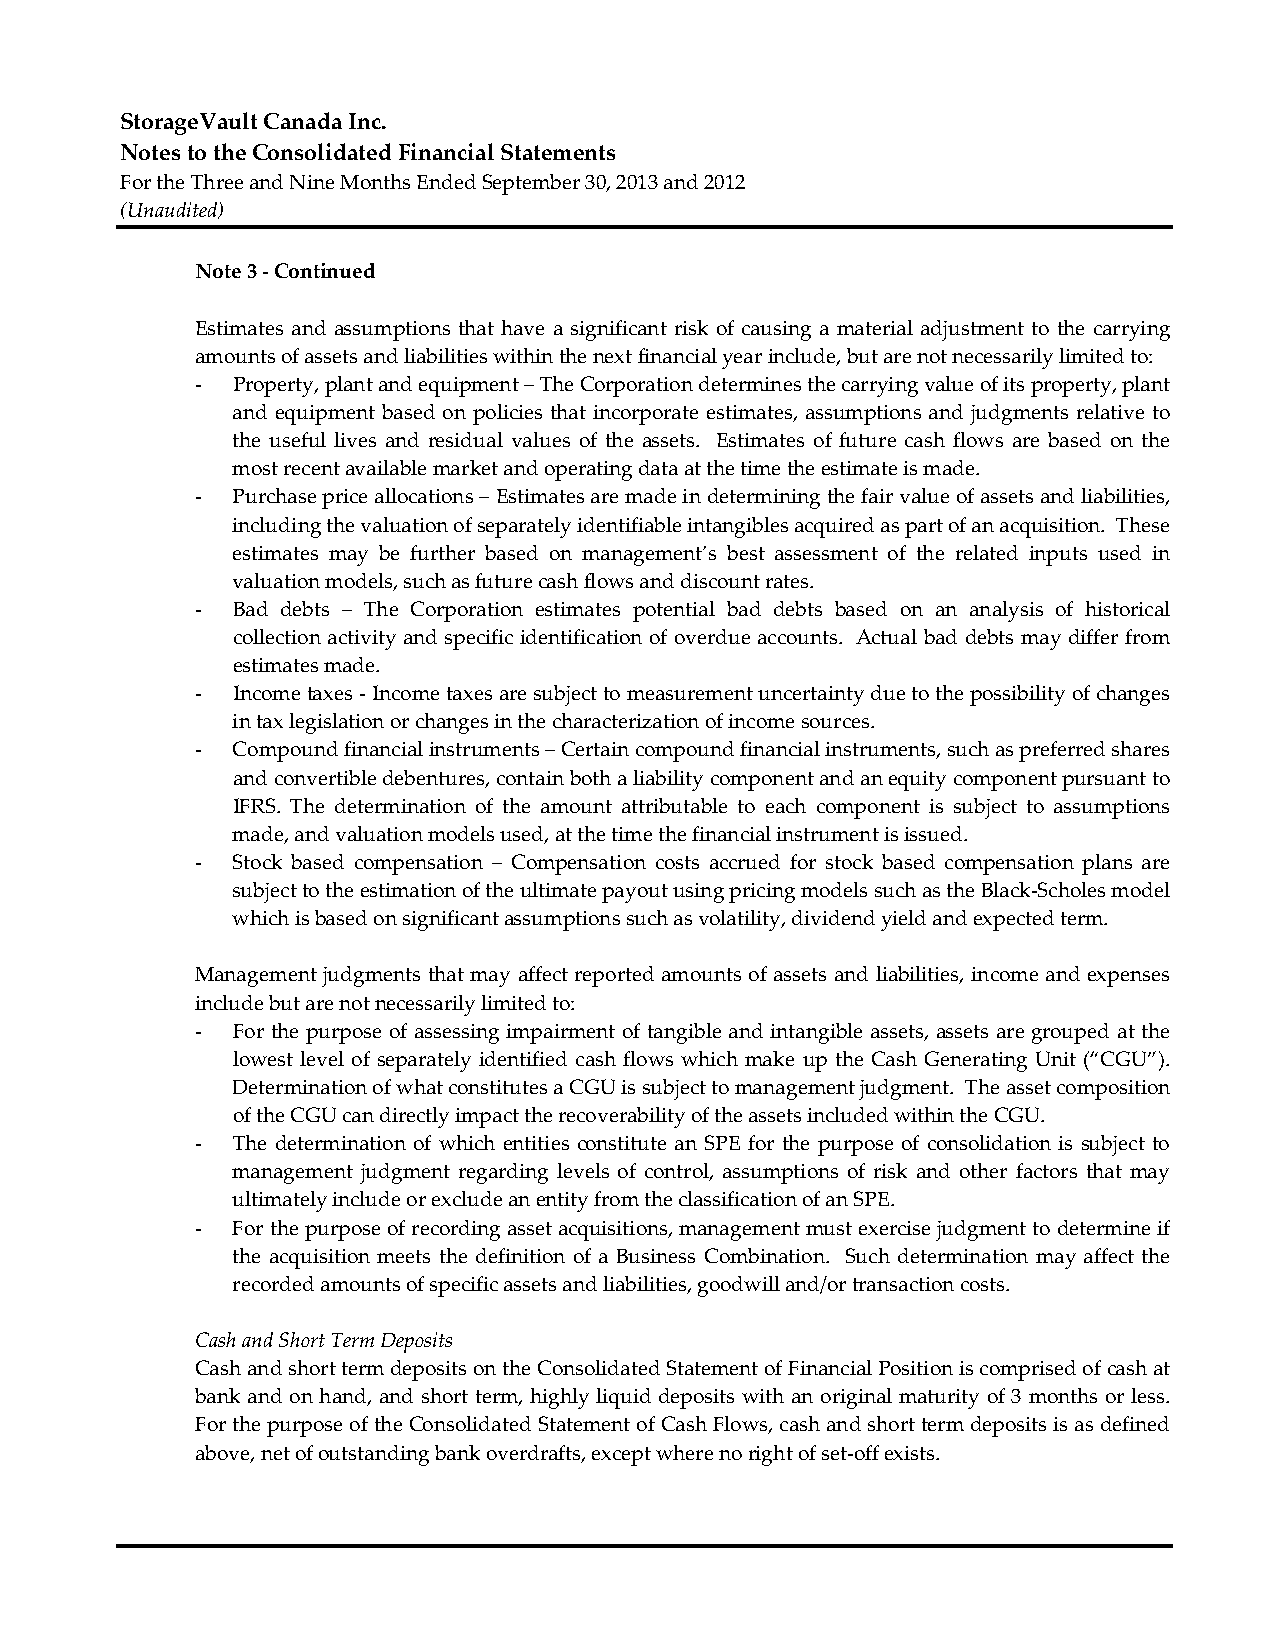
StorageVault Canada Inc.
 Notes to the Consolidated Financial Statements
 For the Three and Nine Months Ended September 30, 2013 and 2012
 (Unaudited)
 Note 3 ‐ Continued
 Estimates and assumptions that have a significant risk of causing a material adjustment to the carrying
 amounts of assets and liabilities within the next financial year include, but are not necessarily limited to:
 ‐ Property, plant and equipment – The Corporation determines the carrying value of its property, plant
 and equipment based on policies that incorporate estimates, assumptions and judgments relative to
 the useful lives and residual values of the assets. Estimates of future cash flows are based on the
 most recent available market and operating data at the time the estimate is made.
 ‐ Purchase price allocations – Estimates are made in determining the fair value of assets and liabilities,
 including the valuation of separately identifiable intangibles acquired as part of an acquisition. These
 estimates may be further based on management’s best assessment of the related inputs used in
 valuation models, such as future cash flows and discount rates.
 ‐ Bad debts – The Corporation estimates potential bad debts based on an analysis of historical
 collection activity and specific identification of overdue accounts. Actual bad debts may differ from
 estimates made.
 ‐ Income taxes ‐ Income taxes are subject to measurement uncertainty due to the possibility of changes
 in tax legislation or changes in the characterization of income sources.
 ‐ Compound financial instruments – Certain compound financial instruments, such as preferred shares
 and convertible debentures, contain both a liability component and an equity component pursuant to
 IFRS. The determination of the amount attributable to each component is subject to assumptions
 made, and valuation models used, at the time the financial instrument is issued.
 ‐ Stock based compensation – Compensation costs accrued for stock based compensation plans are
 subject to the estimation of the ultimate payout using pricing models such as the Black‐Scholes model
 which is based on significant assumptions such as volatility, dividend yield and expected term.
 Management judgments that may affect reported amounts of assets and liabilities, income and expenses
 include but are not necessarily limited to:
 ‐ For the purpose of assessing impairment of tangible and intangible assets, assets are grouped at the
 lowest level of separately identified cash flows which make up the Cash Generating Unit (“CGU”).
 Determination of what constitutes a CGU is subject to management judgment. The asset composition
 of the CGU can directly impact the recoverability of the assets included within the CGU.
 ‐ The determination of which entities constitute an SPE for the purpose of consolidation is subject to
 management judgment regarding levels of control, assumptions of risk and other factors that may
 ultimately include or exclude an entity from the classification of an SPE.
 ‐ For the purpose of recording asset acquisitions, management must exercise judgment to determine if
 the acquisition meets the definition of a Business Combination. Such determination may affect the
 recorded amounts of specific assets and liabilities, goodwill and/or transaction costs.
 Cash and Short Term Deposits
 Cash and short term deposits on the Consolidated Statement of Financial Position is comprised of cash at
 bank and on hand, and short term, highly liquid deposits with an original maturity of 3 months or less.
 For the purpose of the Consolidated Statement of Cash Flows, cash and short term deposits is as defined
 above, net of outstanding bank overdrafts, except where no right of set‐off exists.